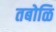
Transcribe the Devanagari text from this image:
तबोळि